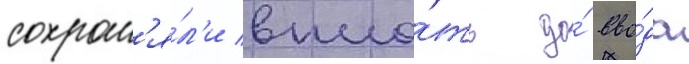
сохран'я́л'и впло́ть до́ вво́да